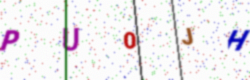
Text: PU0JH